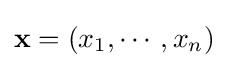
\mathbf {x} =(x_{1},\cdots ,x_{n})